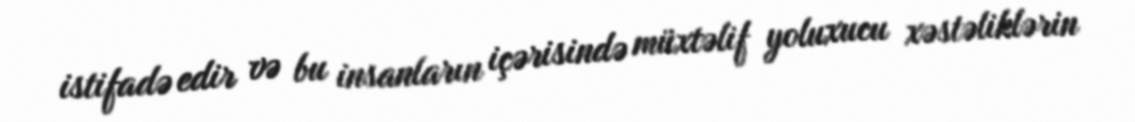
istifadə edir və bu insanların içərisində müxtəlif yoluxucu xəstəliklərin